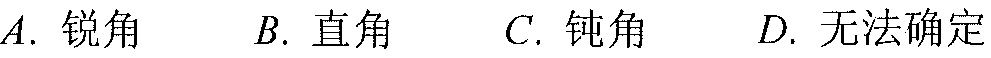
$A.\ 锐角\ \ \ B.\ 直角\ \ \ C.\ 钝角\ \ \ D.\ 无法确定$